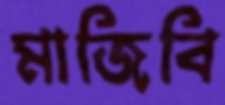
মাজিবি